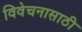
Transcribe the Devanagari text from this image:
विवेचनासाठी